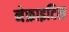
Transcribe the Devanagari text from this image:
नेफ्राइटिस